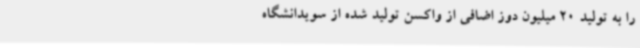
را به تولید 20 میلیون دوز اضافی از واکسن تولید شده از سویدانشگاه